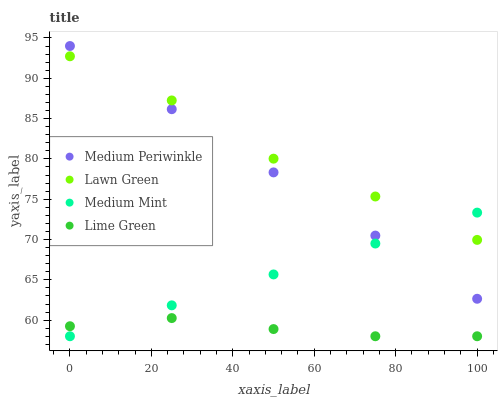
| xaxis_label | Medium Periwinkle | Lawn Green | Medium Mint | Lime Green |
 | --- | --- | --- | --- | --- |
 | 0 | 94 | 92.7 | 58 | 59.2 |
 | 25 | 86.2 | 87.3 | 61.8 | 60.3 |
 | 50 | 78.3 | 80 | 65.7 | 58.9 |
 | 75 | 70.5 | 75.3 | 69.5 | 58 |
 | 100 | 62.6 | 70 | 73.3 | 58 |